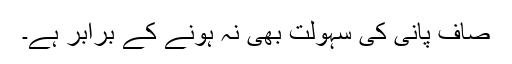
صاف پانی کی سہولت بھی نہ ہونے کے برابر ہے۔